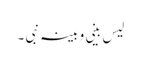
لیس بینی و بینہ نبی ۔